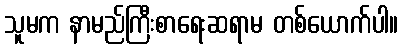
သူမက နာမည်ကြီးစာရေးဆရာမ တစ်ယောက်ပါ။